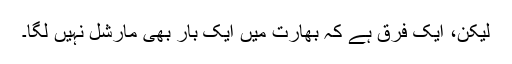
لیکن، ایک فرق ہے کہ بھارت میں ایک بار بھی مارشل نہیں لگا۔